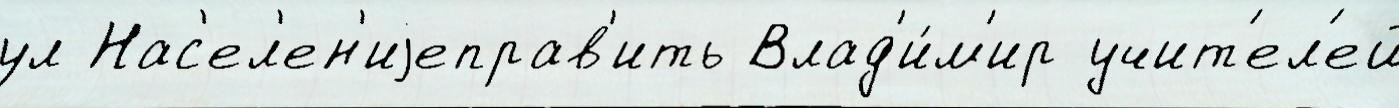
ул Нас'ел'ен'иjеправ'ить Влад'и́м'ир учит'ел'ей